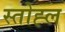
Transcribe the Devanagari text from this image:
स्तोह्ल